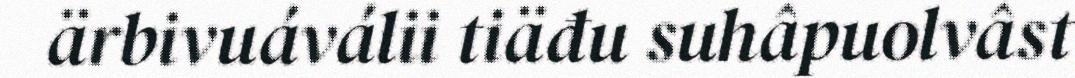
ärbivuáválii tiäđu suhâpuolvâst